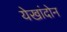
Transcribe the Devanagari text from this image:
येखांदोन